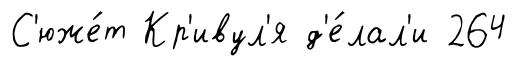
С'юже́т Кр'ивул'я д'е́лал'и 264